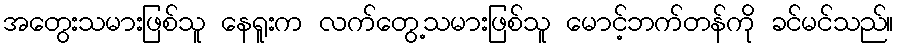
အတွေးသမားဖြစ်သူ နေရူးက လက်တွေ့သမားဖြစ်သူ မောင့်ဘက်တန်ကို ခင်မင်သည်။